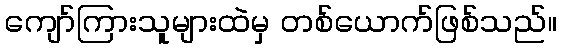
ကျော်ကြားသူများထဲမှ တစ်ယောက်ဖြစ်သည်။